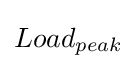
{Load}_{peak}